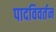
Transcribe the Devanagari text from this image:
पादविवर्तन